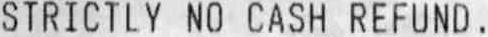
STRICTLY NO CASH REFUND.